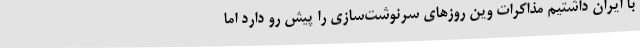
با ایران داشتیم مذاکرات وین روزهای سرنوشت‌سازی را پیش رو دارد اما